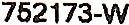
752173-W